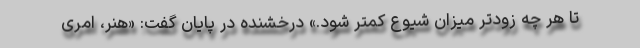
تا هر چه زودتر میزان شیوع کمتر شود.» درخشنده در پایان گفت: «هنر، امری